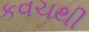
કવચથી